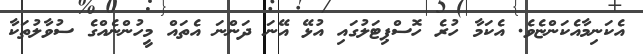
އެކަނިމާއެކަންޏެވެ. އެކަމާ ހުރެ ހޮސްޕިޓަލުގައި އުޅޭ އޭނަ ދަންނަ އެތައް މީހުންނެއްގެ ސުވާލުތަކާ